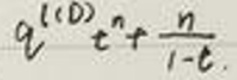
$q^{(1)}t^{n}+\frac{n}{1 - t}$